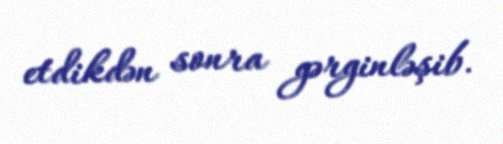
etdikdən sonra gərginləşib.